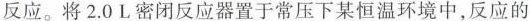
反应。将2.0L密闭反应器置于常压下某恒温环境中，反应的